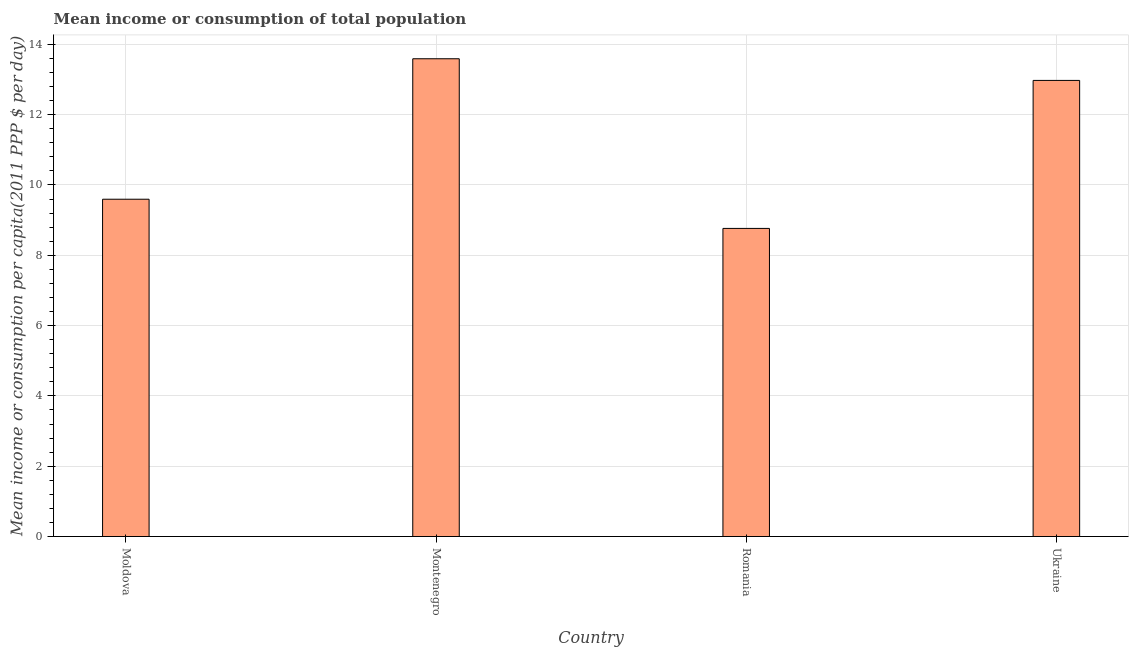
| Country | Total population |
 | --- | --- |
 | Moldova | 9.59 |
 | Montenegro | 13.6 |
 | Romania | 8.76 |
 | Ukraine | 13 |